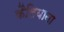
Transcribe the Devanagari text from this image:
कैलियाना